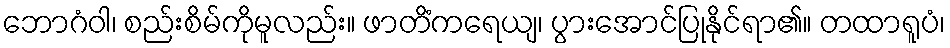
ဘောဂံဝါ၊ စည်းစိမ်ကိုမူလည်း။ ဖာတိံကရေယျ၊ ပွားအောင်ပြုနိုင်ရာ၏။ တထာရူပံ၊